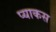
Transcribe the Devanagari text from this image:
प्याकस